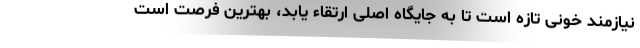
نیازمند خونی تازه است تا به جایگاه اصلی ارتقاء یابد، بهترین فرصت است